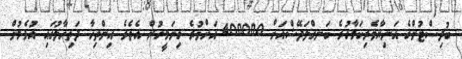
ބުދިސްޓުންގެ އަނިޔާވެރިކަމާހުރެ ބަނގްލަދޭޝްއަށް 400000 އަށްވުރެ ގިނަމީހުން އެތެރެ އިންތިހާ ދަތިހާލުގައި އުޅެމުން